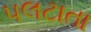
પલટાતા